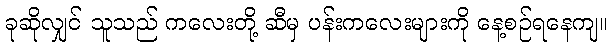
ခုဆိုလျှင် သူသည် ကလေးတို့ ဆီမှ ပန်းကလေးများကို နေ့စဉ်ရနေကျ။